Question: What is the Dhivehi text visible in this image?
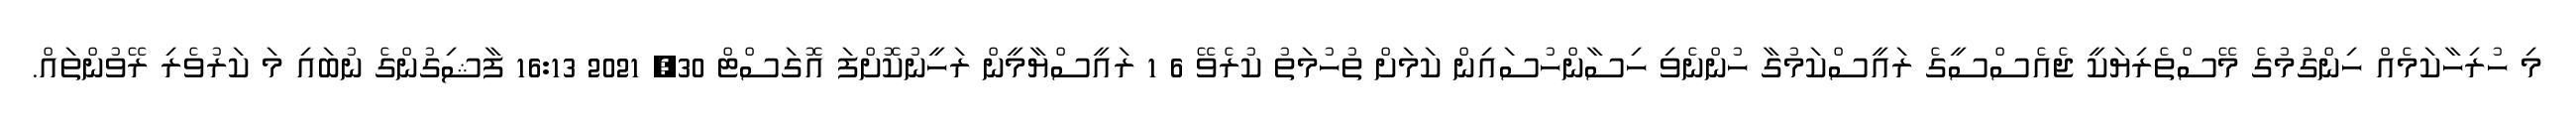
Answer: މި ހުރިހާކަމެއް ހިންގުމުގެ މޭސްތެރިޔަކީ ޖެއެސްސީގެ ރައީސްކަމުގާ ހުންނެވި ހިސާންހުސައިން ކަމަށް ތުހުމަތު ކުރެވޭ 6 1 ރައީސްޔާމީން ރަހީނުކޮށްފަ އޮގަސްޓް 30, 2021 16:13 ފާޝިގުންގެ ނުބައި މަ ކަރުވެރި ރޭވުންތައް.